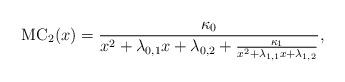
LaTeX: \begin{align*}\mathrm{MC}_2(x)=\frac{\kappa_0}{x^2+\lambda_{0,1}x+\lambda_{0,2}+\frac{\kappa_1}{x^2+\lambda_{1,1}x+\lambda_{1,2}}},\end{align*}